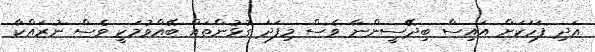
އަދި ފަހަކަށް އައިސް ބިދޭސީންނާ ވެސް މިފަދަ ގުޅުންތައް ބޭއްވުމަކީ ވެސް ނުރައްކާ